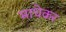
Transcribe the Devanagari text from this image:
माधेकर